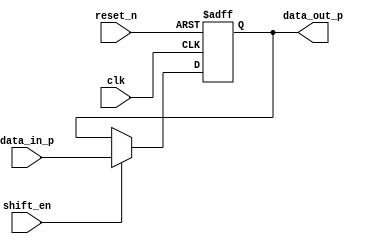
module shift_reg #(parameter DATA_LENGTH = 12)(
    input clk,
    input reset_n,
    input shift_en,
    input [DATA_LENGTH-1:0] data_in_p,
    output reg [DATA_LENGTH-1:0] data_out_p
);

    always @(posedge clk or negedge reset_n) begin
        if (!reset_n)
            data_out_p <= 'b0; // Asynchronous reset
        else if (shift_en)
            data_out_p <= data_in_p; // If shift_en is high, load data_in_p into the register
    end

endmodule